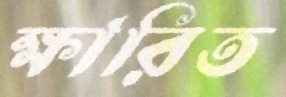
ক্ষারিত